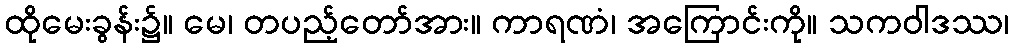
ထိုမေးခွန်း၌။ မေ၊ တပည့်တော်အား။ ကာရဏံ၊ အကြောင်းကို။ သကဝါဒဿ၊